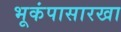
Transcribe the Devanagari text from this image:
भूकंपासारखा